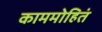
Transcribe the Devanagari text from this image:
काममोहितं